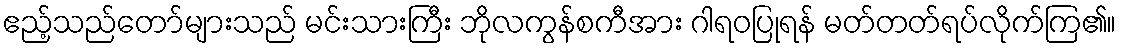
ဧည့်သည်တော်များသည် မင်းသားကြီး ဘိုလကွန်စကီအား ဂါရဝပြုရန် မတ်တတ်ရပ်လိုက်ကြ၏။